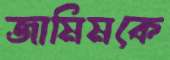
জামিমকে